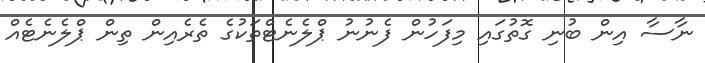
ނާސާ އިން ބުނި ގޮތުގައި މިފަހުން ފެނުނު ޕްލެނެޓްތަކުގެ ތެރެއިން ތިން ޕްލެނެޓެއް